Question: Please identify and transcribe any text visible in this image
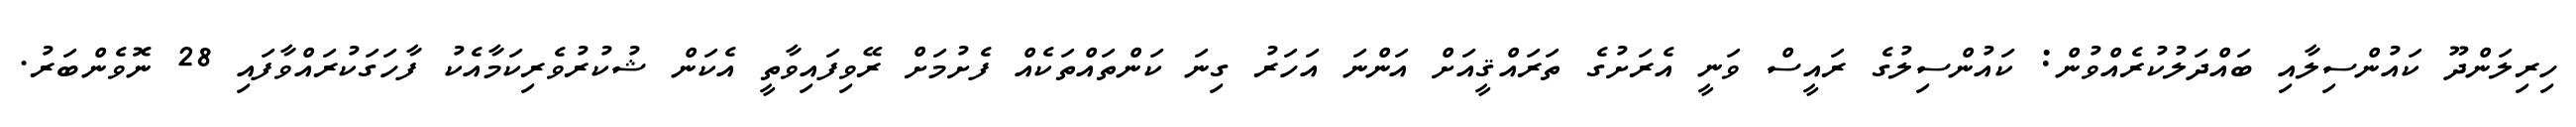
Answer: ހިރިލަންދޫ ކައުންސިލާއި ބައްދަލުކުރެއްވުން: ކައުންސިލުގެ ރައީސް ވަނީ އެރަށުގެ ތަރައްޤީއަށް އަންނަ އަހަރު ގިނަ ކަންތައްތަކެއް ފެށުމަށް ރޭވިފައިވާތީ އެކަން ޝުކުރުވެރިކަމާއެކު ފާހަގަކުރައްވާފައި 28 ނޮވެންބަރު.